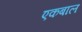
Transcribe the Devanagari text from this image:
एकबाल